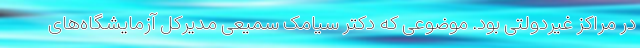
در مراکز غیردولتی بود. موضوعی که دکتر سیامک سمیعی مدیرکل آزمایشگاه‌های